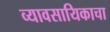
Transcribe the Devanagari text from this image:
व्यावसायिकाचा